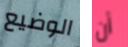
الوضيع أن